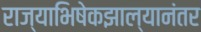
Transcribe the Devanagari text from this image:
राज्याभिषेकझाल्यानंतर